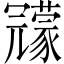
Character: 𠖨